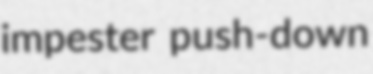
impester push-down